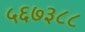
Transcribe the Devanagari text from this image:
५६७३८८